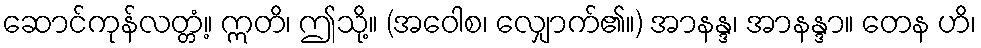
ဆောင်ကုန်လတ္တံ့။ ဣတိ၊ ဤသို့။ (အဝေါစ၊ လျှောက်၏။) အာနန္ဒ၊ အာနန္ဒာ။ တေန ဟိ၊